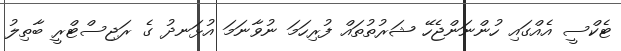
ޓެކްސީ އެއްގައި ހުންނަންޖެހޭ ޝަރުތުތައް ފުރިހަމަ ނުވާނަމަ އުޅަނދު ގެ ރަޖިސްޓްރީ ބާތިލު